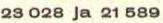
23 028 ja 21 589